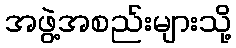
အဖွဲ့အစည်းများသို့